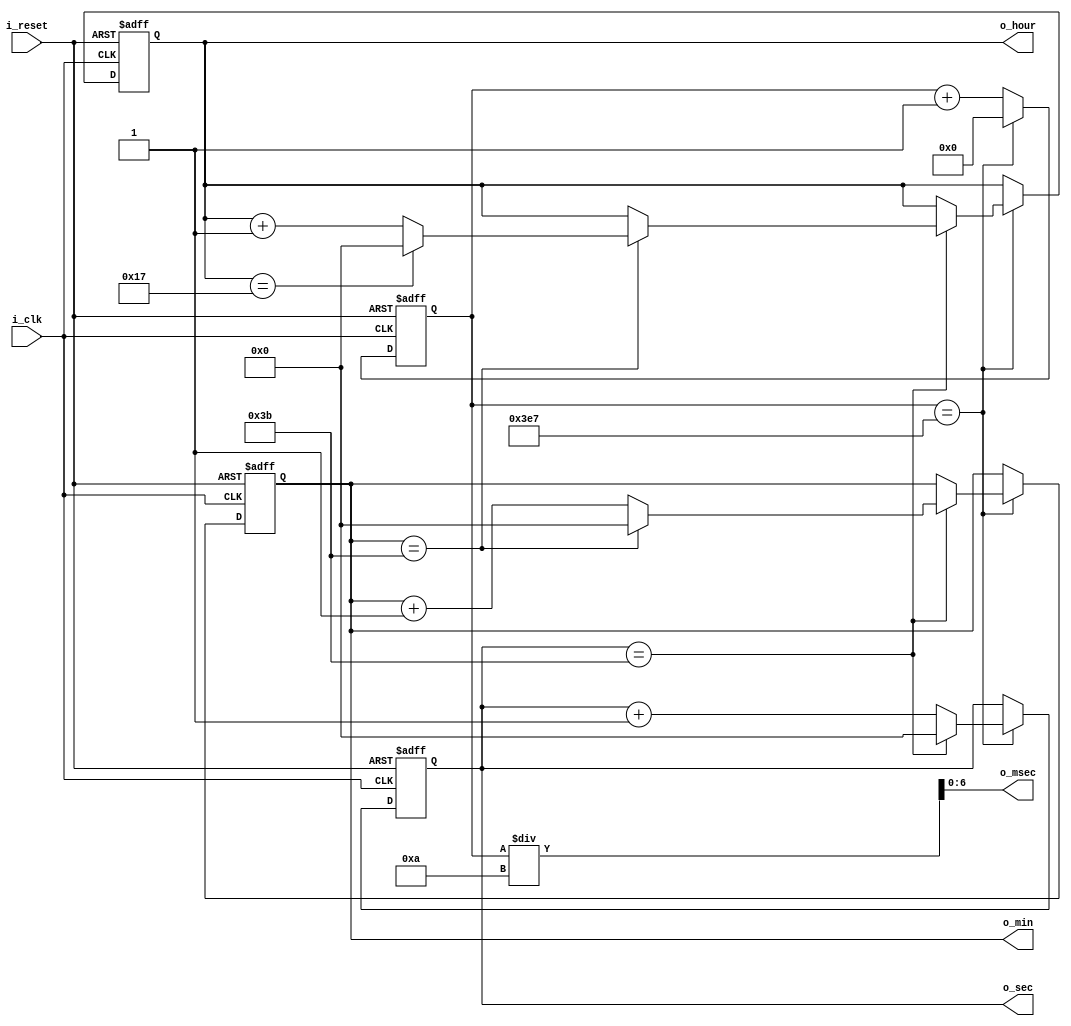
`timescale 1ns / 1ps

module timeClockCounter(
    input i_clk,
    input i_reset,
    output [6:0] o_hour, o_min, o_sec, o_msec
    );

    reg [6:0] r_hour = 0, r_min = 0, r_sec = 0;
    
    reg [9:0] r_msec = 0;

    assign o_hour = r_hour;
    assign o_min  = r_min;
    assign o_sec  = r_sec;
    assign o_msec = r_msec / 10;

    always @(posedge i_clk or posedge i_reset) begin
        if (i_reset) begin
            r_hour <= 0;
            r_min  <= 0;
            r_sec  <= 0;
            r_msec <= 0;
        end
        else begin
            if (r_msec == 999) begin
                r_msec <= 0;
                if (r_sec == 59) begin
                    r_sec <= 0;
                    if (r_min == 59) begin
                        r_min <= 0;
                        if (r_hour == 23) begin
                            r_hour <= 0;
                        end
                        else begin
                            r_hour <= r_hour + 1;
                        end
                    end
                    else begin
                        r_min <= r_min + 1;
                    end
                end
                else begin
                    r_sec <= r_sec + 1;
                end
            end
            else begin
                r_msec <= r_msec + 1;
            end
        end
    end
endmodule